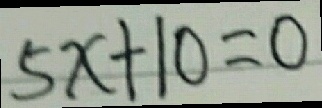
5 x + 1 0 = 0